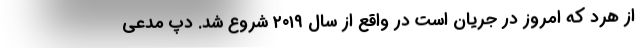
از هرد که امروز در جریان است در واقع از سال ۲۰۱۹ شروع شد. دپ مدعی